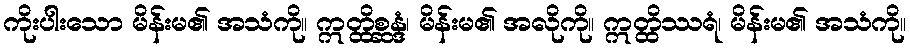
ကိုးပါးသော မိန်းမ၏ အသံကို။ ဣတ္ထိစ္ဆန္ဒံ၊ မိန်းမ၏ အလိုကို။ ဣတ္ထိဿရံ၊ မိန်းမ၏ အသံကို။